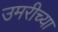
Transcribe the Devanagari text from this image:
उमरीच्या